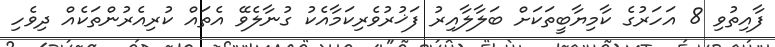
ފާއިތުވި 8 އަހަރުގެ ކާމިޔާބީތަކަށް ބަލާލާއިރު ފަޚުރުވެރިކަމާއެކު ގުނާލެވޭ އެތައް ކުރިއެރުންތަކެއް ދިވެހި